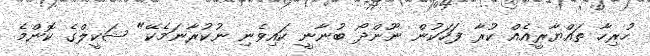
ހުރިހާ ތައްޔާރީއެއް ކުރާ ފަހަކުން ނޫންދޯ ބުނާނީ ކައިވެނި ނުކުރާނަމެކޭ" ޝަކީލްގެ ކޮންމެ